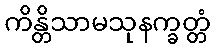
ကိန္တိသာမသုနက္ခတ္တံ